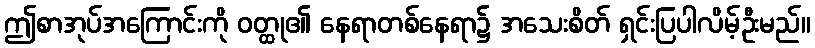
ဤစာအုပ်အကြောင်းကို ဝတ္ထု၏ နေရာတစ်နေရာ၌ အသေးစိတ် ရှင်းပြပါလိမ့်ဦးမည်။